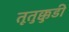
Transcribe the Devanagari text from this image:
तूतुक्कुडी